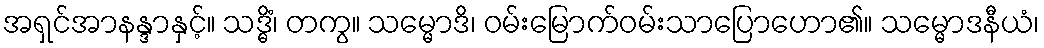
အရှင်အာနန္ဒာနှင့်။ သဒ္ဓိံ၊ တကွ။ သမ္မောဒိ၊ ဝမ်းမြောက်ဝမ်းသာပြောဟော၏။ သမ္မောဒနီယံ၊